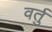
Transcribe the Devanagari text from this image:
वर्तु